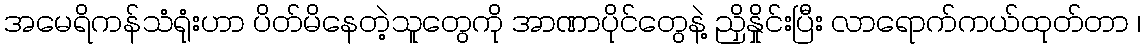
အမေရိကန်သံရုံးဟာ ပိတ်မိနေတဲ့သူတွေကို အာဏာပိုင်တွေနဲ့ ညှိနှိုင်းပြီး လာရောက်ကယ်ထုတ်တာ ၊